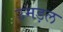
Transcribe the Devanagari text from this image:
उमड़ल